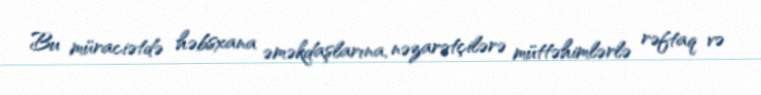
Bu müraciətdə həbsxana əməkdaşlarına, nəzarətçilərə müttəhimlərlə rəftaq və